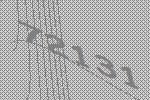
72131